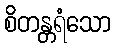
စိတန္တရံသော